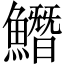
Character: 𩻛